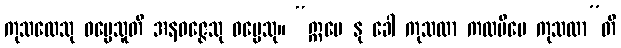
ကုသလေသု ဓမ္မေသူတိ အနဝဇ္ဇေသု ဓမ္မေသု။ “ဣမေ နု ခေါ ကုသလာ ကထမိမေ ကုသလာ”တိ